Vaccination in Bombay 1913-1923 - 1913-1923
Year: 1913
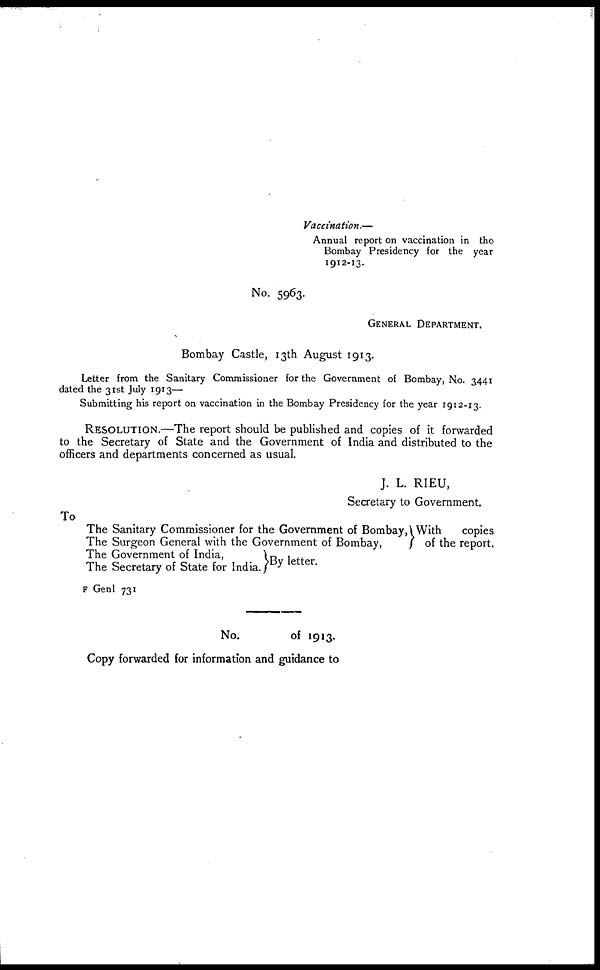
Vaccination.—
Annual report on vaccination in the
Bombay Presidency for the year
1912-13.
No. 5963.
GENERAL DEPARTMENT.
Bombay Castle, 13th August 1913.
Letter from the Sanitary Commissioner for the Government of Bombay, No. 3441
dated the 31st July 1913—
Submitting his report on vaccination in the Bombay Presidency for the year 1912-13.
RESOLUTION.—The report should be published and copies of it forwarded
to the Secretary of State and the Government of India and distributed to the
officers and departments concerned as usual.
J. L. RIEU,
Secretary to Government.
To
The Sanitary Commissioner for the Government of Bombay,
The Surgeon General with the Government of Bombay,
The Government of India,
The Secretary of State for India.
With
copies
of the report.
By letter.
F Genl 731
No.
of 1913.
Copy forwarded for information and guidance to